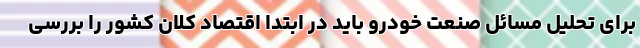
برای تحلیل مسائل صنعت خودرو باید در ابتدا اقتصاد کلان کشور را بررسی